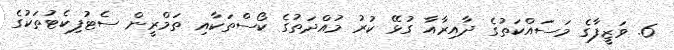
6. ވަޒީފާގެ މަސައްކަތުގެ ދާއިރާއާ ގުޅޭ ކުރު މުއްދަތުގެ ކޯސްތަކާއި ތަމްރީން ސެޓުފިކެޓުތަކުގެ